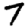
Digit: 7